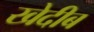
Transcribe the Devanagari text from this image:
खेदीब